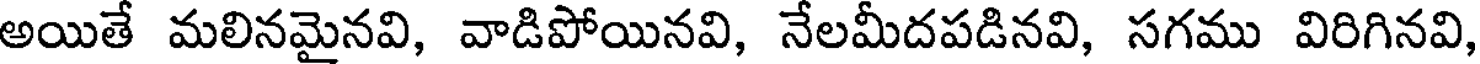
అయితే మలినమైనవి, వాడిపోయినవి, నేలమీదపడినవి, సగము విరిగినవి,